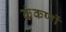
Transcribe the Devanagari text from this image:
कंकणों